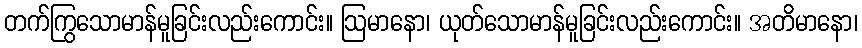
တက်ကြွသောမာန်မူခြင်းလည်းကောင်း။ ဩမာနော၊ ယုတ်သောမာန်မူခြင်းလည်းကောင်း။ အတိမာနော၊